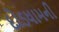
દોડધામની